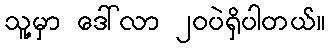
သူ့မှာ ဒေါ်လာ ၂၀ပဲရှိပါတယ်။